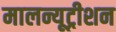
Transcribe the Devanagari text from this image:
मालन्यूट्रीशन